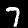
Digit: 7